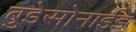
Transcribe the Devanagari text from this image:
बुडेसोनाईड